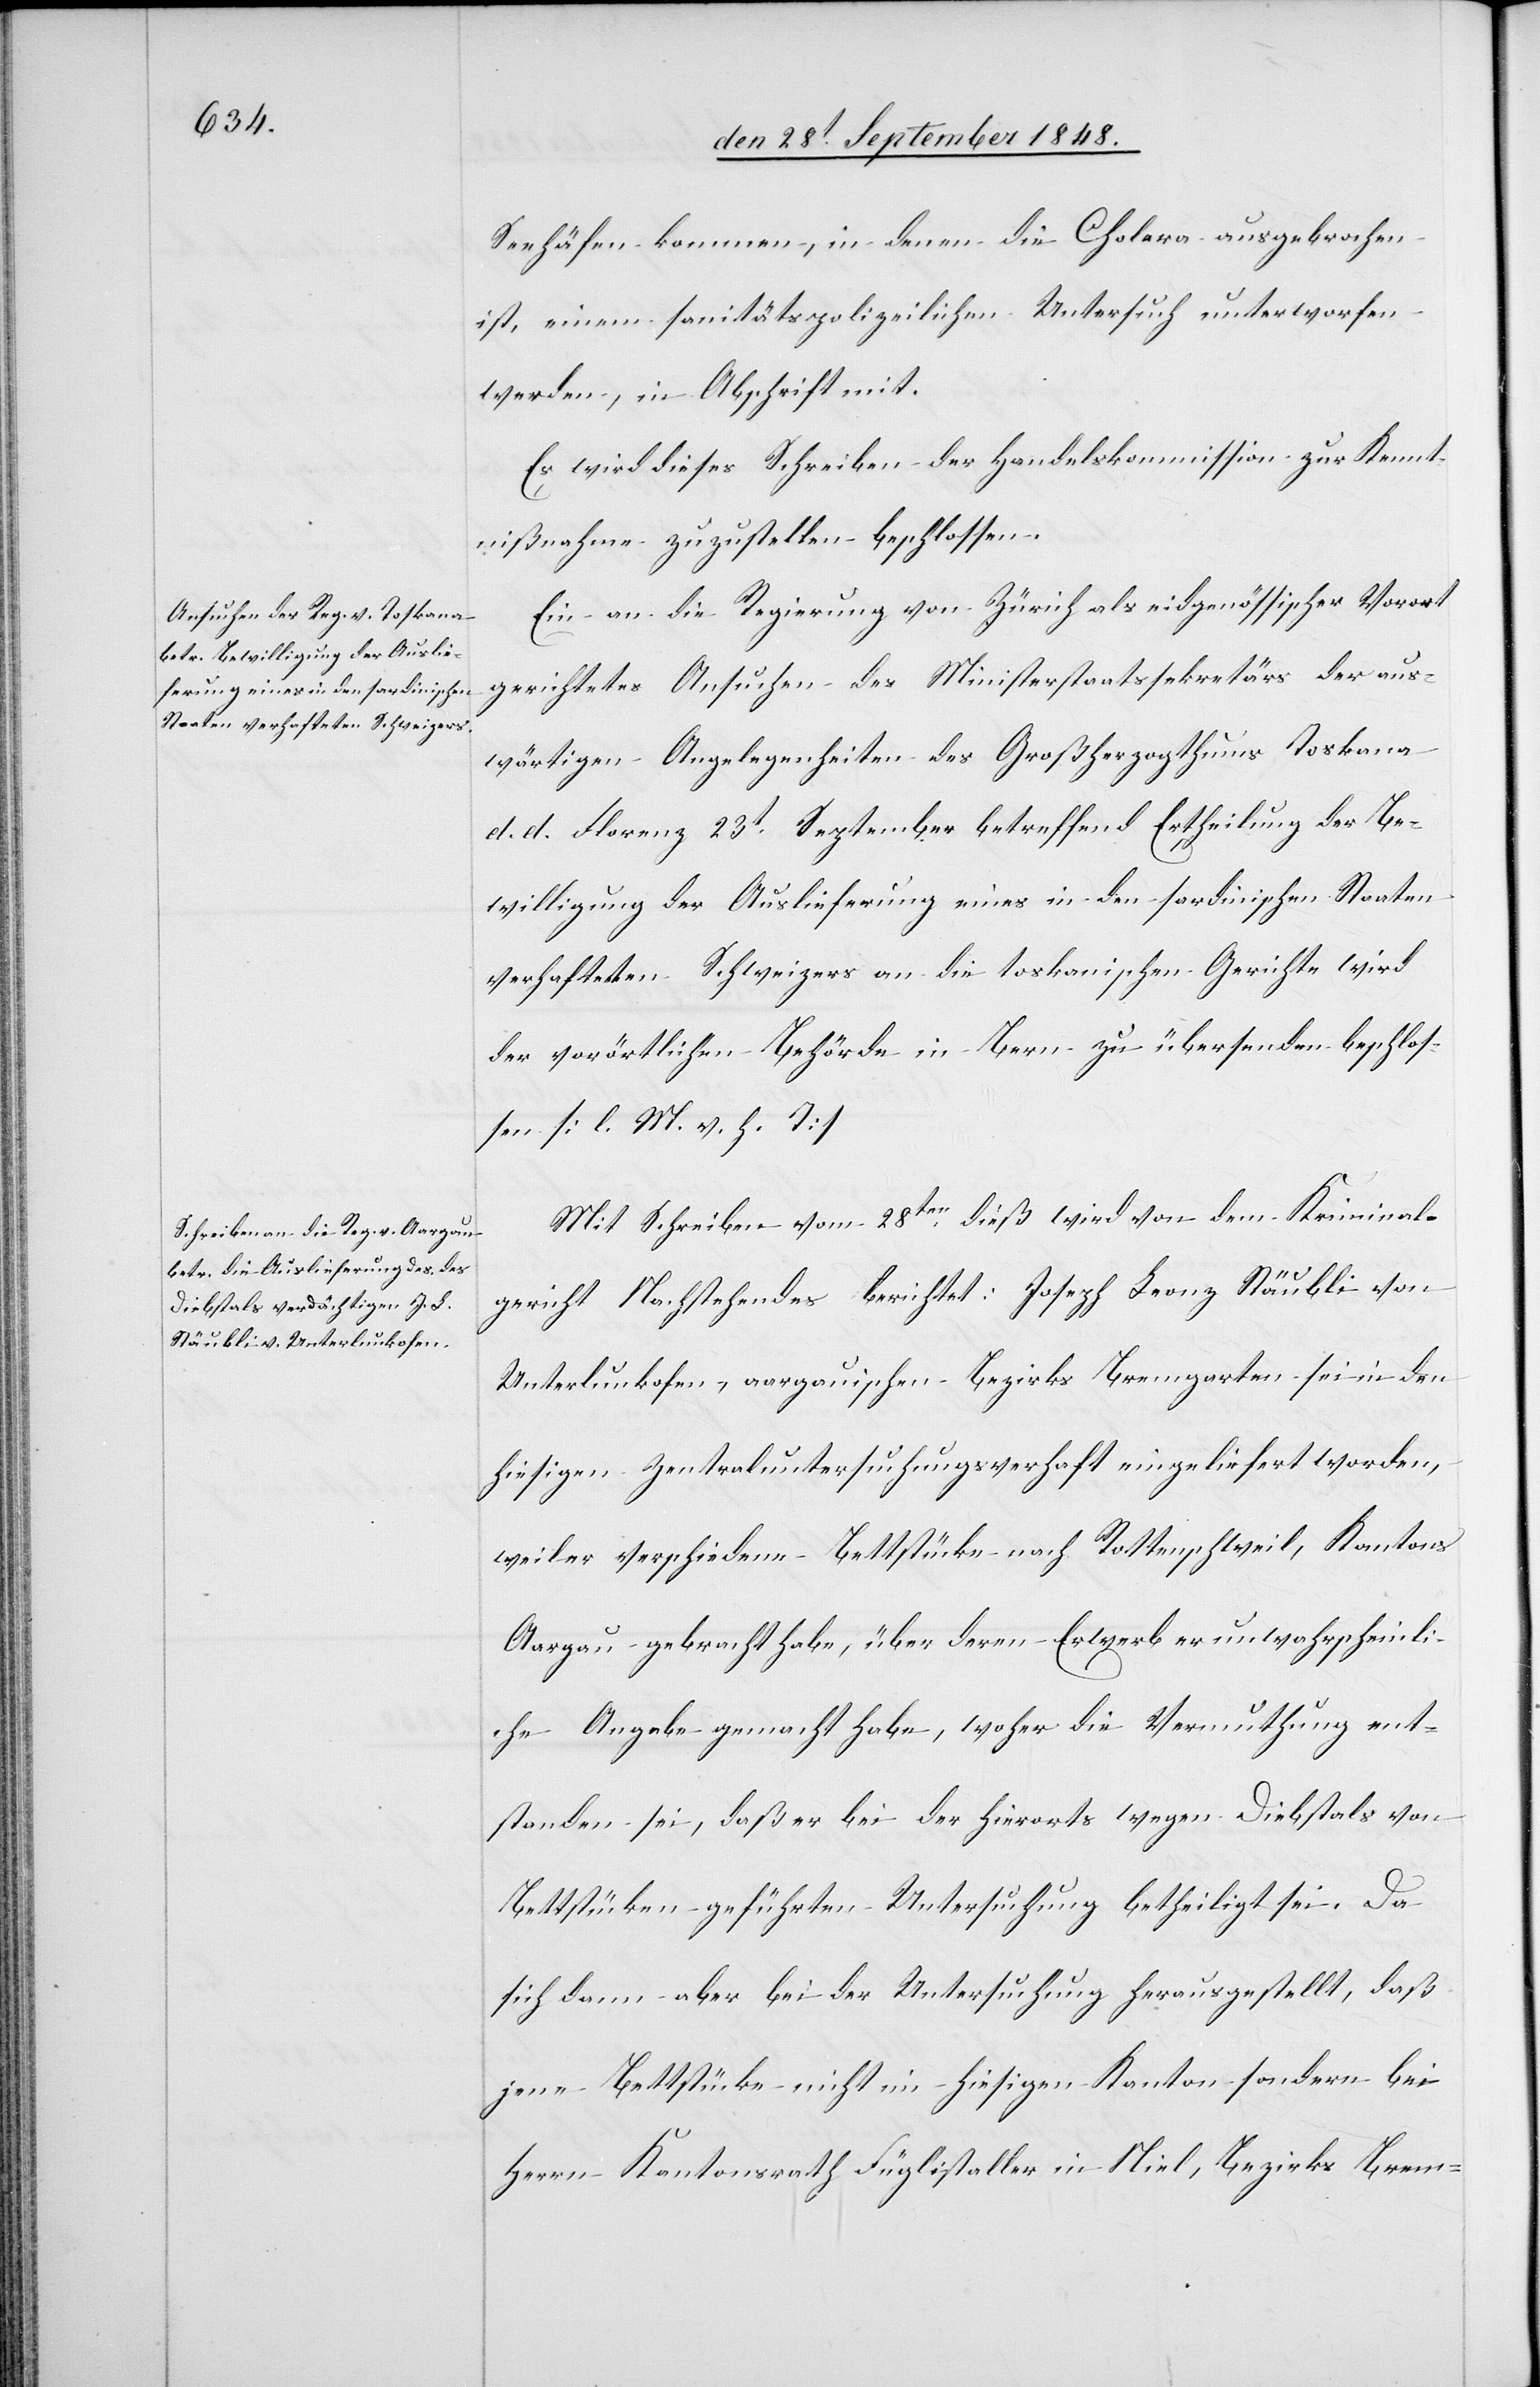
den 29t September 1848.]
Seehäfen kommen, in denen die Cholera ausgebrochen
ist, einem sanitätspolizeilichen Untersuch unterworfen
werden, in Abschrift mit.
Es wird dieses Schreiben der Handelskommission zur Kennt¬
nißnahme zuzustellen beschlossen.
Ein an die Regierung von Zürich als eidgenössischer Vorort
gerichtetes Ansuchen des Ministerstaatssekretärs der aus¬
wärtigen Angelegenheiten des Großherzogthums Toskana
d. d. Florenz 23t September betreffend Ertheilung der Be¬
willigung der Auslieferung eines in den sardinischen Staaten
verhafteten Schweizers an die toskanischen Gerichte wird
der vorörtlichen Behörde in Bern zu übersenden beschlos¬
sen. [l. M. v. h. T]
Mit Schreiben vom 28ten dieß wird von dem Kriminal¬
gericht Nachstehendes berichtet: Joseph Leonz Stäubli von
Unterlunkofen, aargauischen Bezirks Bremgarten sei in den
hiesigen Zentraluntersuchungsverhaft eingeliefert worden,
weil er verschiedene Bettstücke nach Rottenschweil, Kantons
Aargau gebracht habe, über deren Erwerb er unwahrscheinli¬
che Angabe gemacht habe, woher die Vermuthung ent¬
standen sei, daß er bei der hierorts wegen Diebstals von
Bettstücken geführten Untersuchung betheiligt sei. Da
sich dann aber bei der Untersuchung herausgestellt, daß
jene Bettstücke nicht im hiesigen Kanton sondern bei
Herrn Kantonsrath Füglistaller in Niel, Bezirks Brem-